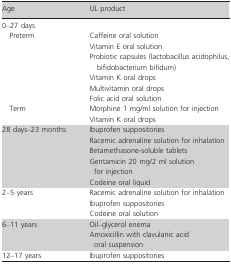
<table><thead><tr><td><b>Age</b></td><td><b>UL product</b></td></tr></thead><tbody><tr><td colspan="2">0–27 days</td></tr><tr><td>Preterm</td><td>Caffeine oral solution</td></tr><tr><td></td><td>Vitamin E oral solution</td></tr><tr><td></td><td>Probiotic capsules (lactobacillus acidophilus, bifidobacterium bifidum)</td></tr><tr><td></td><td>Vitamin K oral drops</td></tr><tr><td></td><td>Multivitamin oral drops</td></tr><tr><td></td><td>Folic acid oral solution</td></tr><tr><td>Term</td><td>Morphine 1 mg/ml solution for injection</td></tr><tr><td></td><td>Vitamin K oral drops</td></tr><tr><td>28 days–23 months</td><td>Ibuprofen suppositories</td></tr><tr><td></td><td>Racemic adrenaline solution for inhalation</td></tr><tr><td></td><td>Betamethasone‐soluble tablets</td></tr><tr><td></td><td>Gentamicin 20 mg/2 ml solution for injection</td></tr><tr><td></td><td>Codeine oral liquid</td></tr><tr><td>2–5 years</td><td>Racemic adrenaline solution for inhalation</td></tr><tr><td></td><td>Ibuprofen suppositories</td></tr><tr><td></td><td>Codeine oral solution</td></tr><tr><td>6–11 years</td><td>Oil–glycerol enema</td></tr><tr><td></td><td>Amoxicillin with clavulanic acid oral suspension</td></tr><tr><td>12–17 years</td><td>Ibuprofen suppositories</td></tr></tbody></table>